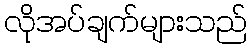
လိုအပ်ချက်များသည်